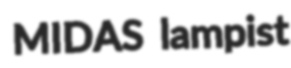
MIDAS lampist